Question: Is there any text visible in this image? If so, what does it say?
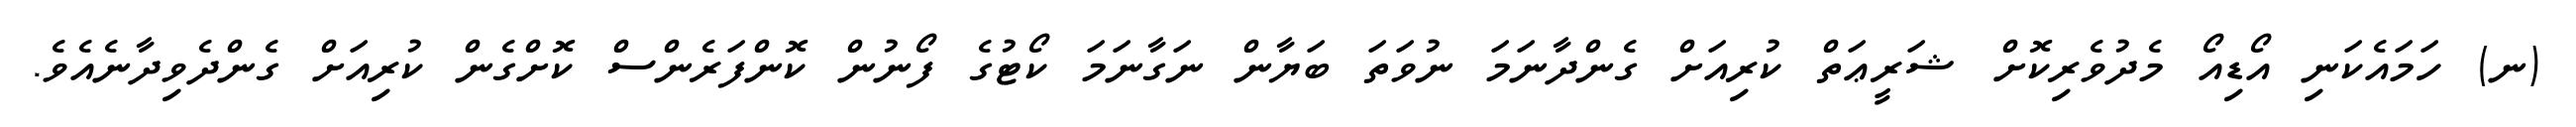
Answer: (ނ) ހަމައެކަނި އޯޑިއޯ މެދުވެރިކޮށް ޝަރީޢަތް ކުރިއަށް ގެންދާނަމަ ނުވަތަ ބަޔާން ނަގާނަމަ ކޯޓުގެ ފޯނުން ކޮންފަރެންސް ކޮށްގެން ކުރިއަށް ގެންދެވިދާނެއެވެ.